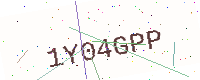
Text: 1Y04GPP